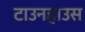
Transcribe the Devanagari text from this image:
टाउनहाउस